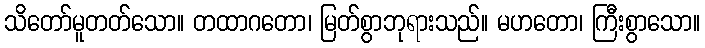
သိတော်မူတတ်သော။ တထာဂတော၊ မြတ်စွာဘုရားသည်။ မဟတော၊ ကြီးစွာသော။